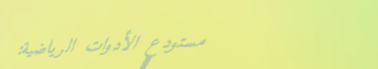
مستودع الأدوات الرياضية: